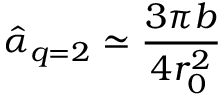
\hat { \alpha } _ { q = 2 } \simeq \frac { 3 \pi b } { 4 r _ { 0 } ^ { 2 } }